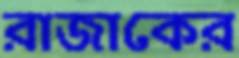
রাজাকের